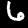
Label: 6